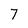
Character: 7